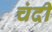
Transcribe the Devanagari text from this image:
चंदी